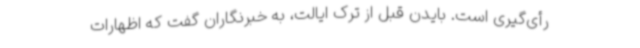
رأی‌گیری است. بایدن قبل از ترک ایالت، به خبرنگاران گفت که اظهارات